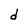
Character: d